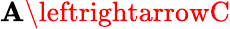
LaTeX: \mathbf{A}\leftrightarrowC